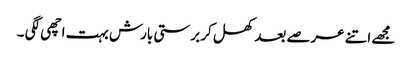
مجھے اتنے عرصے بعد کھل کر برستی بارش بہت اچھی لگی ۔